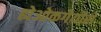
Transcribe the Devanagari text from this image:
ह्येओकगेयोसे